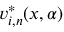
v _ { i , n } ^ { * } ( x , \alpha )